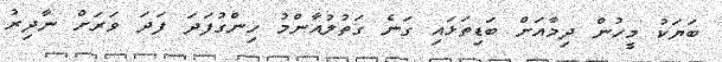
ބަޔަކު މީހުން ދިމާއަށް ބަޑިތަޅައި ގަނެ ގަތުލުއާންމު ހިންގުފަދަ ފަދަ ވަރަށް ނާދިރު